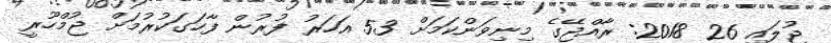
ޖުލައި 26 2018: ރާއްޖޭގެ މިނިވަންކަމަށް 53 އަހަރު ފުރުން ފާހަގަކުރުމަށް ޖުމްހޫރީ